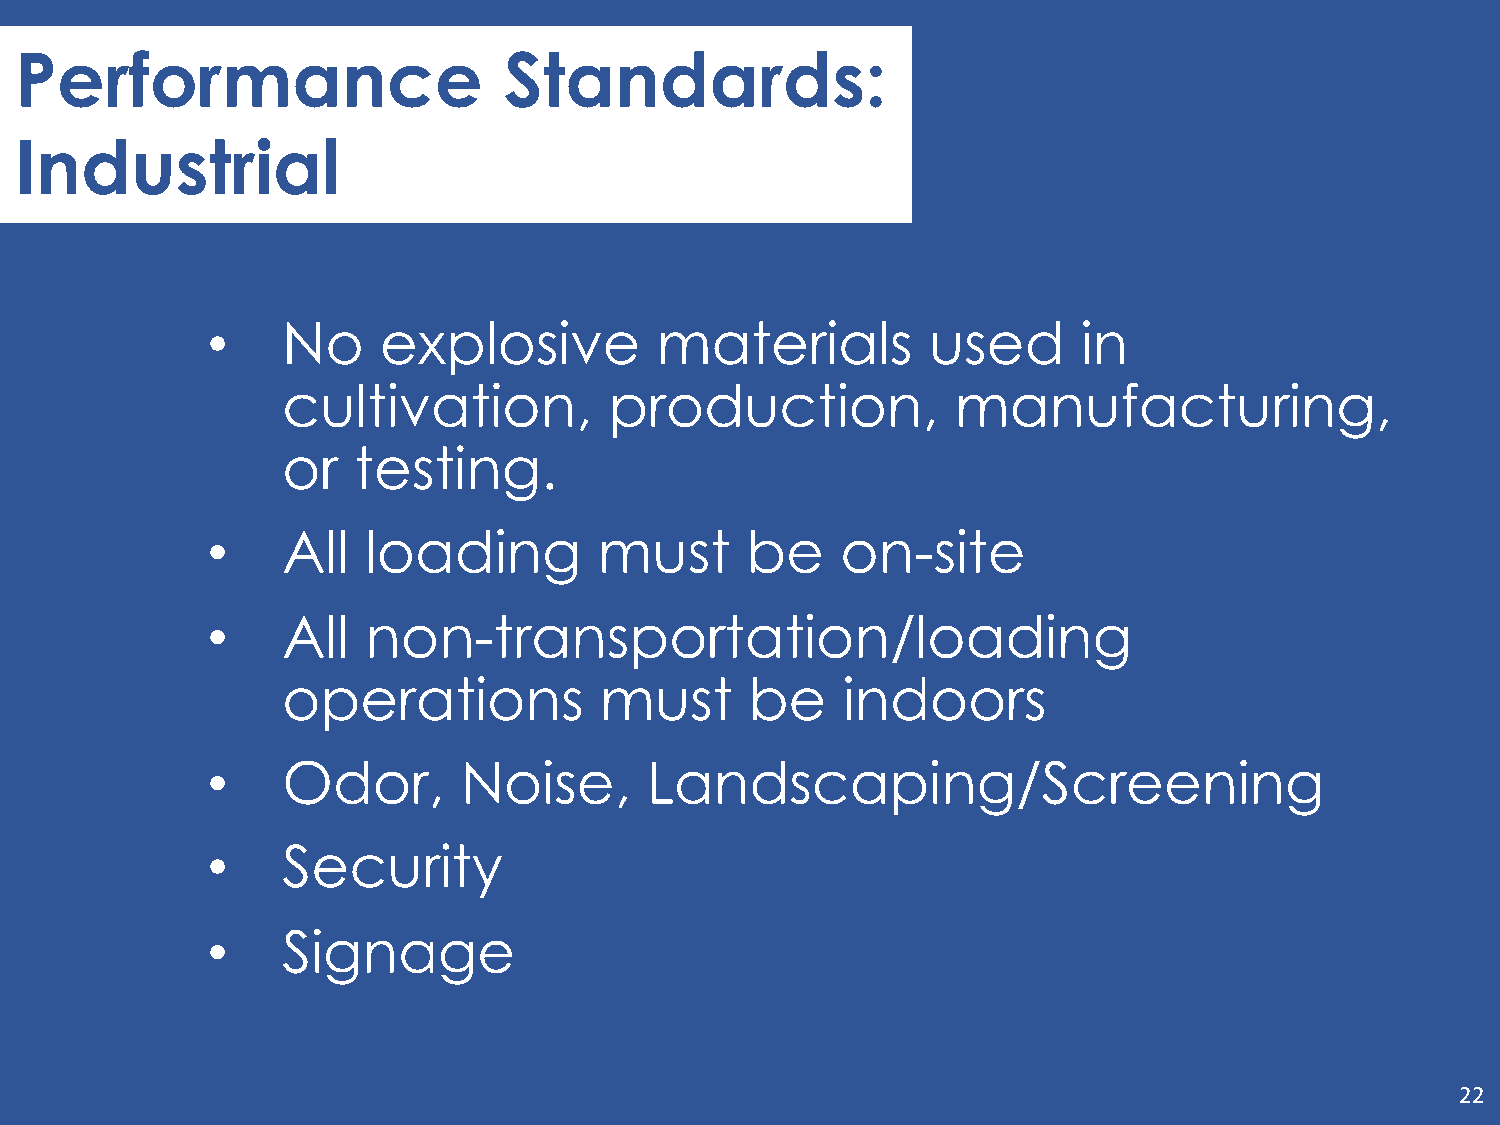
Performance                     Standards:
 Industrial
 •    No    explosive         materials         used       in
 cultivation,         production,            manufacturing,
 or  testing.
 •    All  loading         must     be     on-site
 •    All  non-transportation/loading
 operations           must      be    indoors
 •    Odor,       Noise,      Landscaping/Screening
 •    Security
 •    Signage
 22